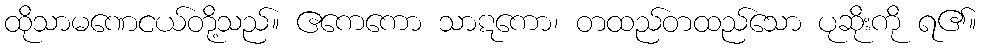
ထိုသာမဏေငယ်တို့သည်။ ဧကေကော သာဋကော၊ တထည်တထည်သော ပုဆိုးကို ရ၏။